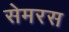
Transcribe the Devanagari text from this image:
सेमरस